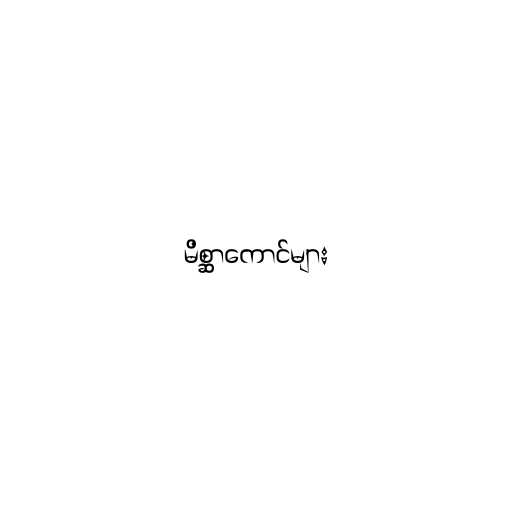
မိစ္ဆာကောင်များ